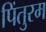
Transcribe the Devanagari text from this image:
पिंतुरम